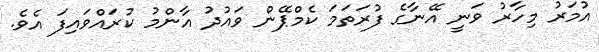
އުމަރު މިހާރު ވަނީ އޭނާގެ ފުރަތަމަ ކެމްޕޭން ވައުދު އާންމު ކުރައްވައިފަ އެވެ.